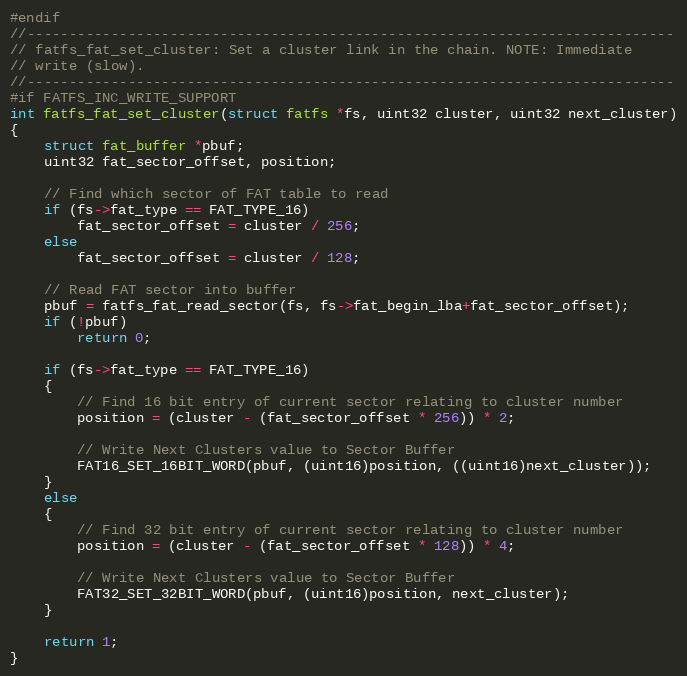
Language: C
#endif
//-----------------------------------------------------------------------------
// fatfs_fat_set_cluster: Set a cluster link in the chain. NOTE: Immediate
// write (slow).
//-----------------------------------------------------------------------------
#if FATFS_INC_WRITE_SUPPORT
int fatfs_fat_set_cluster(struct fatfs *fs, uint32 cluster, uint32 next_cluster)
{
    struct fat_buffer *pbuf;
    uint32 fat_sector_offset, position;

    // Find which sector of FAT table to read
    if (fs->fat_type == FAT_TYPE_16)
        fat_sector_offset = cluster / 256;
    else
        fat_sector_offset = cluster / 128;

    // Read FAT sector into buffer
    pbuf = fatfs_fat_read_sector(fs, fs->fat_begin_lba+fat_sector_offset);
    if (!pbuf)
        return 0;

    if (fs->fat_type == FAT_TYPE_16)
    {
        // Find 16 bit entry of current sector relating to cluster number
        position = (cluster - (fat_sector_offset * 256)) * 2;

        // Write Next Clusters value to Sector Buffer
        FAT16_SET_16BIT_WORD(pbuf, (uint16)position, ((uint16)next_cluster));
    }
    else
    {
        // Find 32 bit entry of current sector relating to cluster number
        position = (cluster - (fat_sector_offset * 128)) * 4;

        // Write Next Clusters value to Sector Buffer
        FAT32_SET_32BIT_WORD(pbuf, (uint16)position, next_cluster);
    }

    return 1;
}